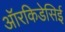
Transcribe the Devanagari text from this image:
ऑरकिडेसिई